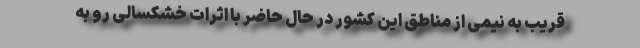
قریب به نیمی از مناطق این کشور در حال حاضر با اثرات خشکسالی رو به